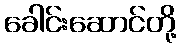
ခေါင်းဆောင်တို့